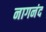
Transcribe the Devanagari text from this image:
नागनंद